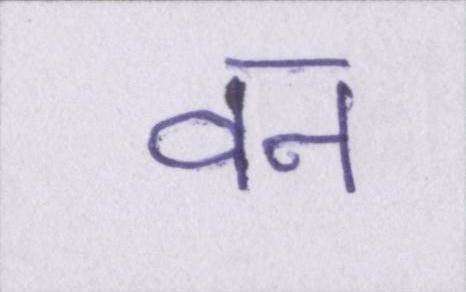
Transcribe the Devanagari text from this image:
वन